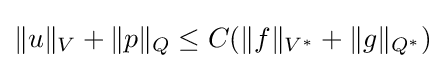
\|u\|_{V}+\|p\|_{Q}\leq C(\|f\|_{V^{*}}+\|g\|_{Q^{*}})